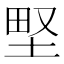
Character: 𡌛